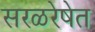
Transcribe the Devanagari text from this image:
सरळरेषेत